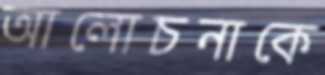
আলোচনাকে